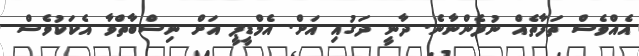
އެއްވެސް ތަފާތެއް ނުފެންނާނެ. ދާނީ ދަގުއި އަށް. އެމްޑީޕީ އަށް ނިސްބާތްވާ އެކަކުވެސް